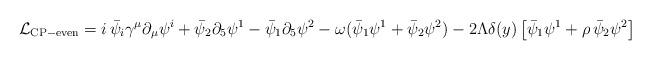
LaTeX: \begin{align*}\mathcal{L}_{\rm CP-even}=i\,\bar\psi_i\gamma^\mu\partial_\mu \psi^i+\bar\psi_2\partial_5\psi^1-\bar\psi_1\partial_5\psi^2-\omega(\bar\psi_1\psi^1+\bar\psi_2\psi^2)-2\Lambda\delta(y)\left[\bar\psi_1\psi^1+\rho\,\bar\psi_2\psi^2\right]\end{align*}